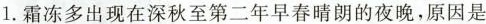
1.霜冻多出现在深秋至第二年早春晴朗的夜晚，原因是